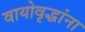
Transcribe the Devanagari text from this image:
वायोवृद्धांना